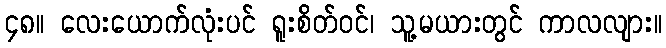
၄၈။ လေးယောက်လုံးပင် ရူးစိတ်ဝင်၊ သူ့မယားတွင် ကာလလျား။